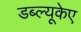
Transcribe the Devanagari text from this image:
डब्ल्यूकेए